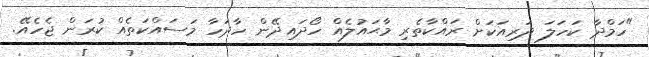
"ހަމްދާ ކަހަލަ ދަރިއަކަށް ރައްކާތެރި މާޙައުލެއް ހޯދައިދޭން ހާދަހާ މަސައްކަތެއް ކުރަން ޖެހެއޭ.